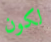
لكون